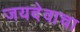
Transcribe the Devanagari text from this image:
जयदेवाचा